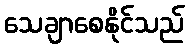
သေချာစေနိုင်သည်